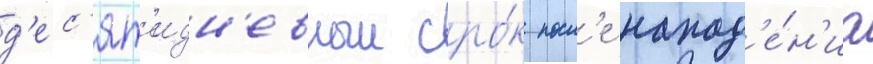
д'ес'ят'идн'евныи сро́к посл'е напад'е́н'иа